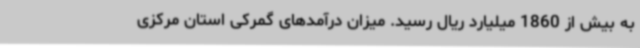
به بیش از 1860 میلیارد ریال رسید. میزان درآمدهای گمرکی استان مرکزی